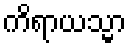
ကိရာယသ္မာ